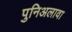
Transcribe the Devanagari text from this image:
पुनिअलावा